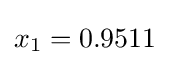
x_{1}=0.9511